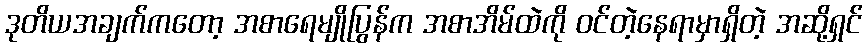
ဒုတိယအချက်ကတော့ အစာရေမျိုပြွန်က အစာအိမ်ထဲကို ဝင်တဲ့နေရာမှာရှိတဲ့ အဆို့ရှင်